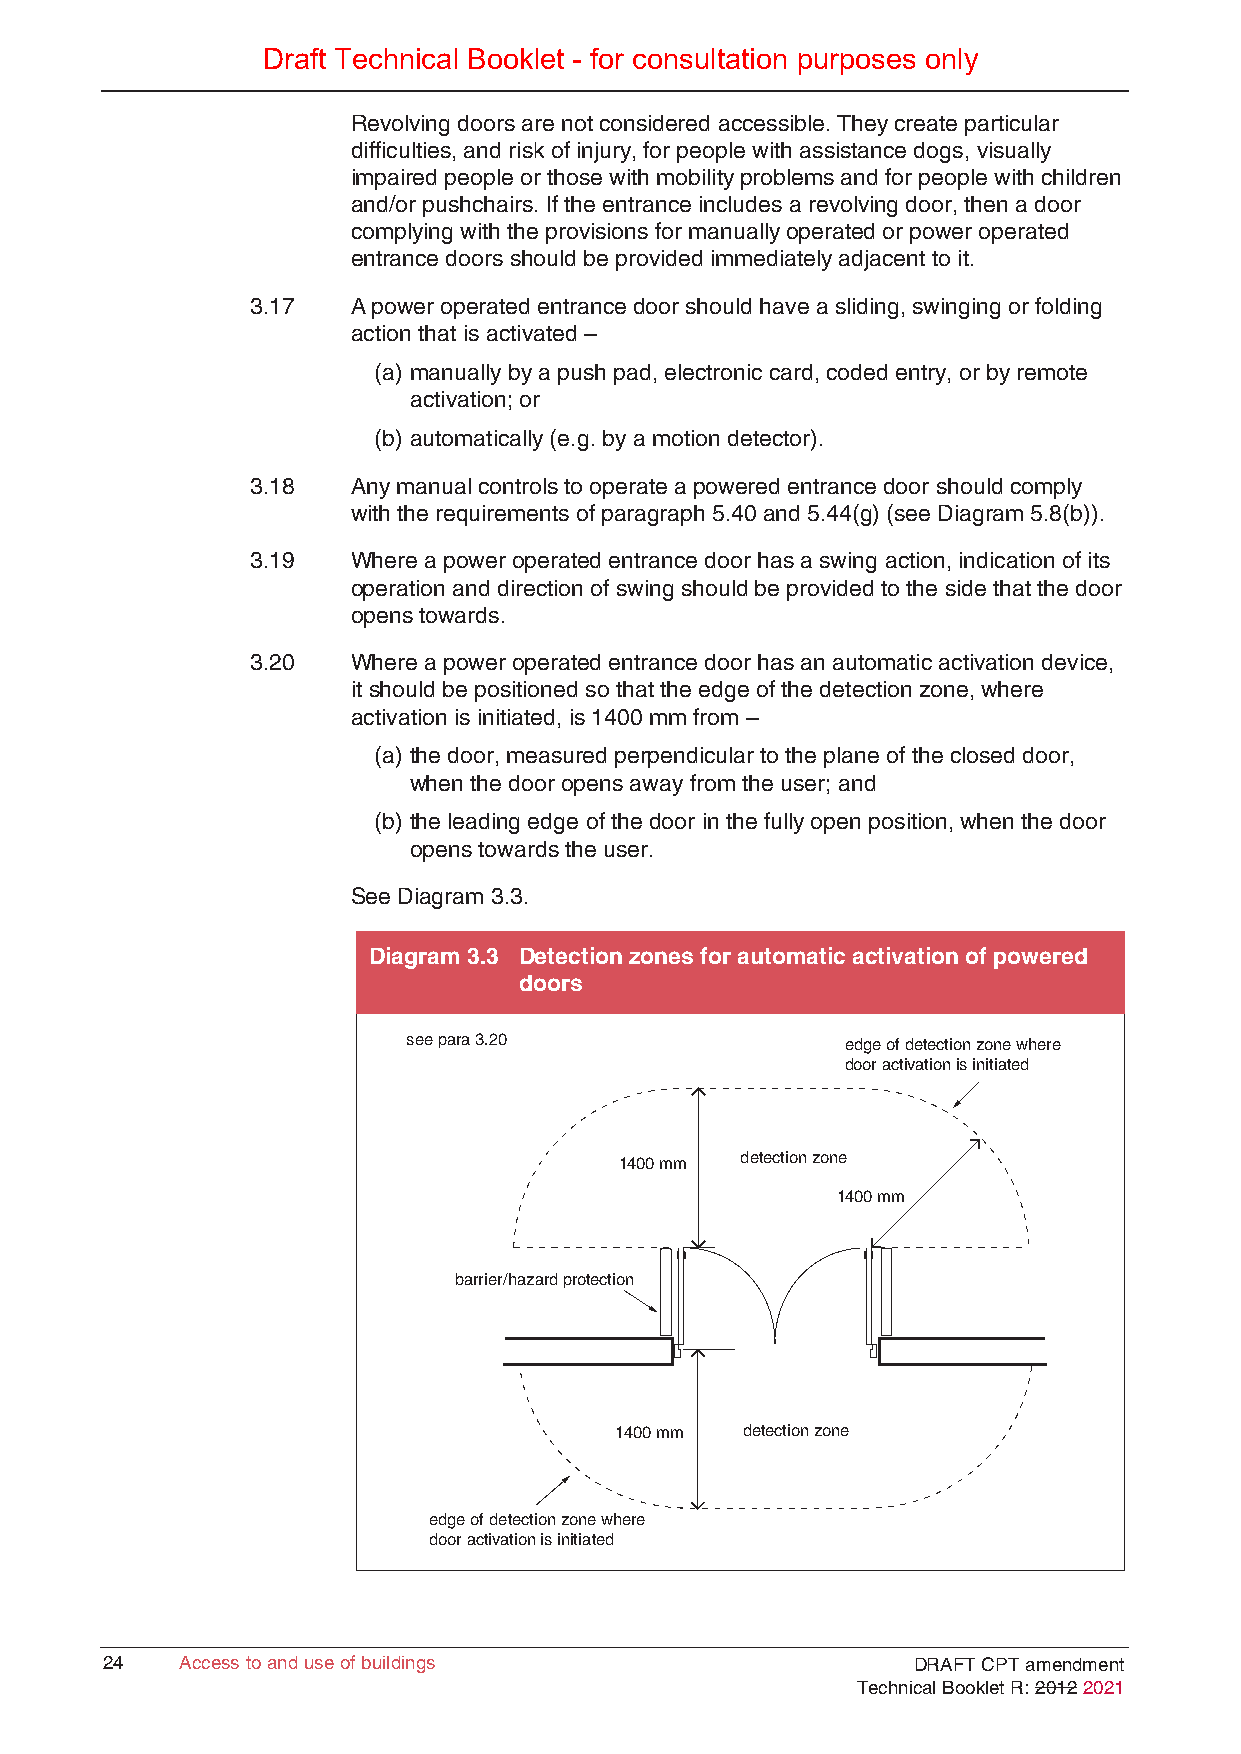
Draft Technical Booklet - for consultation purposes only
 Revolving doors are not considered accessible. They create particular
 difficulties, and risk of injury, for people with assistance dogs, visually
 impaired people or those with mobility problems and for people with children
 and/or pushchairs. If the entrance includes a revolving door, then a door
 complying with the provisions for manually operated or power operated
 entrance doors should be provided immediately adjacent to it.
 3.17  A power operated entrance door should have a sliding, swinging or folding
 action that is activated –
 (a) manually by a push pad, electronic card, coded entry, or by remote
 activation; or
 (b) automatically (e.g. by a motion detector).
 3.18  Any manual controls to operate a powered entrance door should comply
 with the requirements of paragraph 5.40 and 5.44(g) (see Diagram 5.8(b)).
 3.19  Where a power operated entrance door has a swing action, indication of its
 operation and direction of swing should be provided to the side that the door
 opens towards.
 3.20  Where a power operated entrance door has an automatic activation device,
 it should be positioned so that the edge of the detection zone, where
 activation is initiated, is 1400 mm from –
 (a) the door, measured perpendicular to the plane of the closed door,
 when the door opens away from the user; and
 (b) the leading edge of the door in the fully open position, when the door
 opens towards the user.
 See Diagram 3.3.
 Diagram 3.3 Detection zones for automatic activation of powered
 doors
 see para 3.20                edge of detection zone where
 door activation is initiated
 1400 mm detection zone
 1400 mm
 barrier/hazard protection
 1400 mm detection zone
 edge of detection zone where
 door activation is initiated
 2244 AAcccceessss ttoo aanndd uussee ooff bbuuiillddiinnggss DRAFT CPT amendment
 Technical Booklet R: 2012 2021